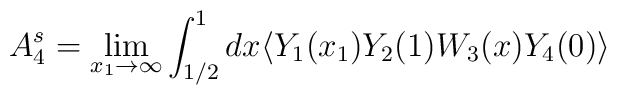
A^{s}_4=\lim _{x_1 \to \infty }\int _{1/2}^{1}dx\langle Y_1(x_1)Y_2(1)W_3(x)Y_4(0)\rangle